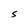
Character: S